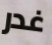
غدر